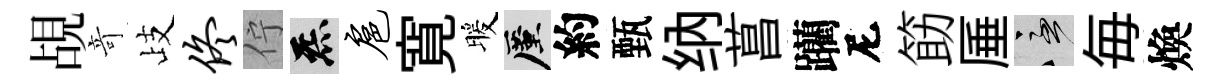
覘竒歧佟佇炁扈寛暖厪約甄纳菖躪尼筯厜急毎煥